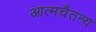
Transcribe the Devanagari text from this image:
आत्मचैतन्य